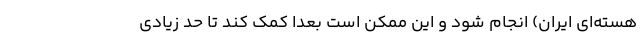
هسته‌ای ایران) انجام شود و این ممکن است بعداً کمک کند تا حد زیادی